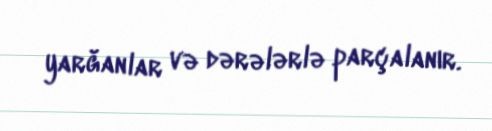
yarğanlar və dərələrlə parçalanır.